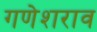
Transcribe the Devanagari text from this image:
गणेशराव